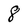
Character: 8